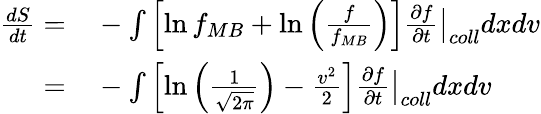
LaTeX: \begin{array}{rl}{\frac{dS}{dt}=}&{{}-\int\left[\ln f_{MB}+\ln\left(\frac{f}{f_{MB}}\right)\right]\frac{\partial f}{\partial t}\bigr\rvert_{coll}dxdv}\\ {=}&{{}-\int\left[\ln\left(\frac{1}{\sqrt{2\pi}}\right)-\frac{v^{2}}{2}\right]\frac{\partial f}{\partial t}\bigr\rvert_{coll}dxdv}\end{array}